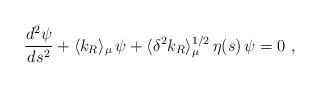
LaTeX: \begin{align*}{{d^2\psi}\over{ds^2}}+ \langle k_R\rangle_\mu\,\psi + \langle\delta^2 k_R\rangle_\mu^{1/2}\,\eta (s)\,\psi = 0~,\end{align*}